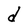
Character: d